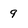
Character: 9